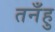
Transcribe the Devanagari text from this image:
तनँहु